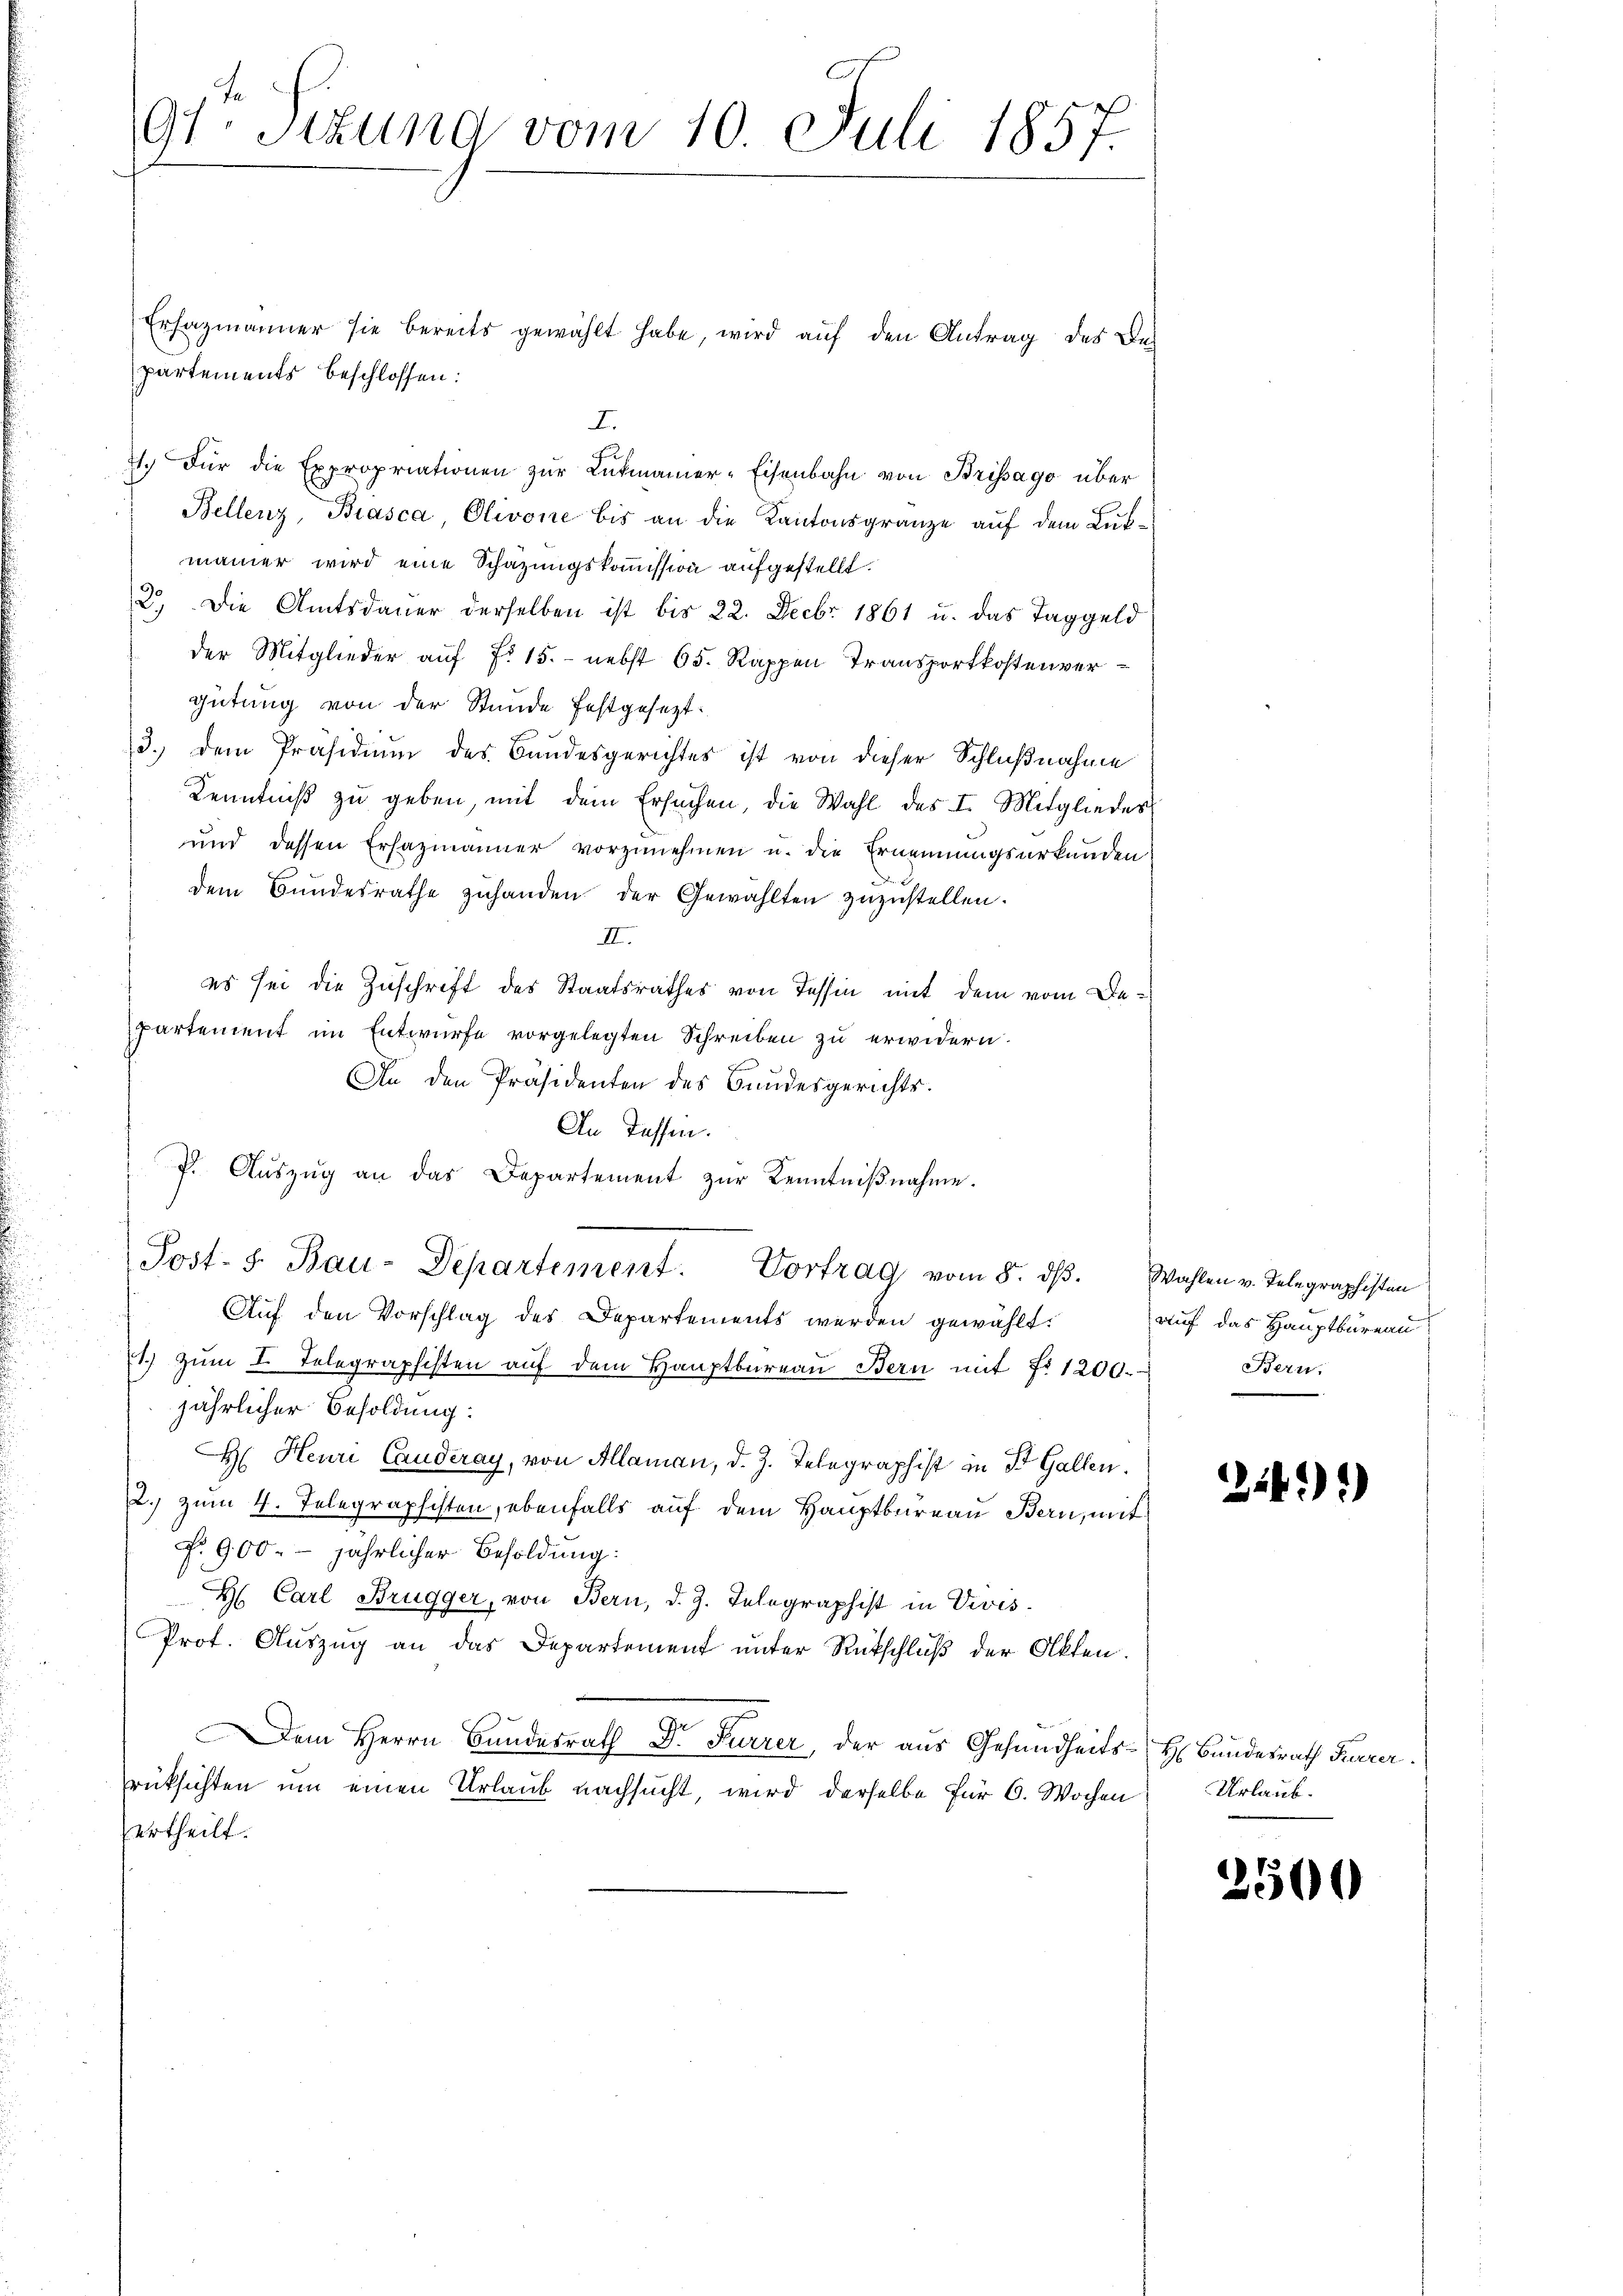
partements beschlossen:
I.
71. Für die Expropriationen zŭr Lukmanier-Eisenbahn von Brissago über
Bellenz, Biasca, Olivone bis an die Kantonsgränze auf dem Lukmaier wird eine Schazungskommission aufgestellt.
2.) Die Amtsdaŭer derselben ist bis 22. Febr. 1861 u. das Taggeld
der Mitglieder auf No 15. - nebst 65. Rappen Transportkostenvergütung von der Stunde festgesezt.
3.) Dem Präsidium des Bundesgerichtes ist von dieser Schlußnahme
Kenntniß zu geben, mit dem Ersuchen, die Wahl des I. Mitglieder
und dessen Erhazmänner vorzunehmen u. die Ernennungsurkunden
dem Bundesrathe zŭhanden der Gewählten zuzustellen.
III.
es sei die Zuschrift des Staatsrathes von Tessin mit dem vom Bepartement im Entwurfe vorgelegten Schreiben zu erwidern.
An den Präsidenten des Bundesgerichts.
An Tassen.
P. Aŭszŭg an das Departement zur Kenntniβnahme.
Post- 8. Bau-Departement. Vortrag vom 8. dβ. Wahlen v. Telegraphisten
Auf den Vorschlag des Departements werden gewählt.
1. zŭm I. Telegraphisten aŭf dem Haŭptbüreaŭ Bern mit No 1200.
jährlicher Besoldung:
H. Heuri Canderay, von Allaman, d. J. Telegraphist in St. Gallen.
2.) zum 4. Telegraphisten, ebenfalls auf dem Hauptbureau Bern, mit
Fr. 900. jährlicher Besoldung:
H. Carl Brugger, von Bern, d. J. Telegraphist in Divis
Prot. Auszug an das Departement unter Rückschluß der Akten.
Dem Herrn Bundesrath Dr Furrer, der aus Gesundheits-H Bundesrath Furrer.
rüksichten um einen Urlaub nachsucht, wird derselbe für 6. Wochen
ertheilt.

91. Stund vom 10. Juli 1857.

Ersazmänner sie bereits gewählt habe, wird auf den Antrag des Be¬

auf das Hauptbüreau
Bern.

246)

Urlaub.

2500